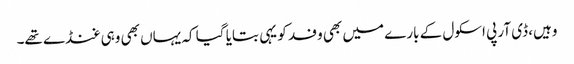
وہیں، ڈی آر پی اسکول کے بارے میں بھی وفد کو یہی بتایا گیا کہ یہاں بھی وہی غنڈے تھے۔